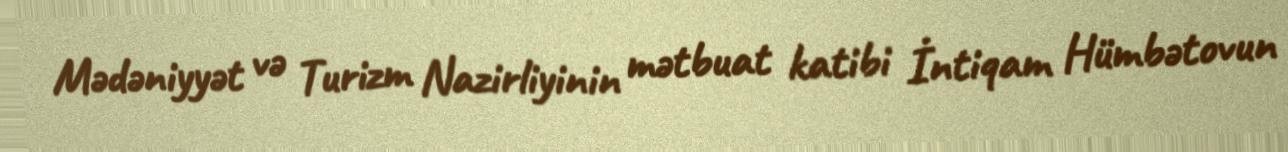
Mədəniyyət və Turizm Nazirliyinin mətbuat katibi İntiqam Hümbətovun